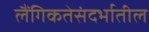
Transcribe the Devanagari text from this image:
लैंगिकतेसंदर्भातील